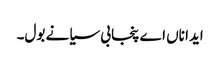
ایدا ناں اے پنجابی سیانے بول۔